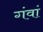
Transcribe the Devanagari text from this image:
गंवां